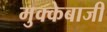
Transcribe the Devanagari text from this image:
मुक्‍केबाजी